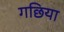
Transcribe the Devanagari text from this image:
गछिया